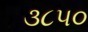
૩૮૫૦